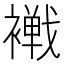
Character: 𧝧